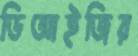
ডিআইজির